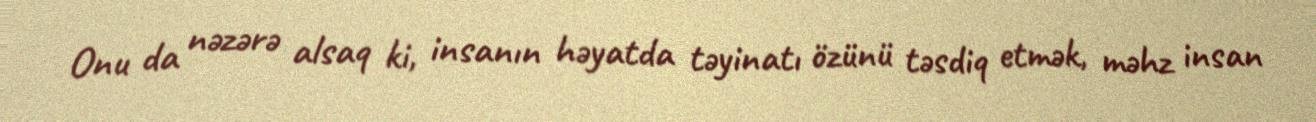
Onu da nəzərə alsaq ki, insanın həyatda təyinatı özünü təsdiq etmək, məhz insan